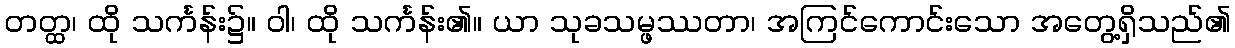
တတ္ထ၊ ထို သင်္ကန်း၌။ ဝါ၊ ထို သင်္ကန်း၏။ ယာ သုခသမ္ဖဿတာ၊ အကြင်ကောင်းသော အတွေ့ရှိသည်၏